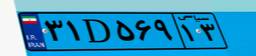
۳۱D۵۶۹۱۳